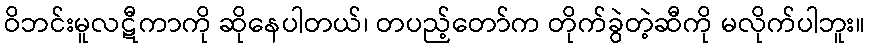
ဝိဘင်းမူလဋီကာကို ဆိုနေပါတယ်၊ တပည့်တော်က တိုက်ခွဲတဲ့ဆီကို မလိုက်ပါဘူး။